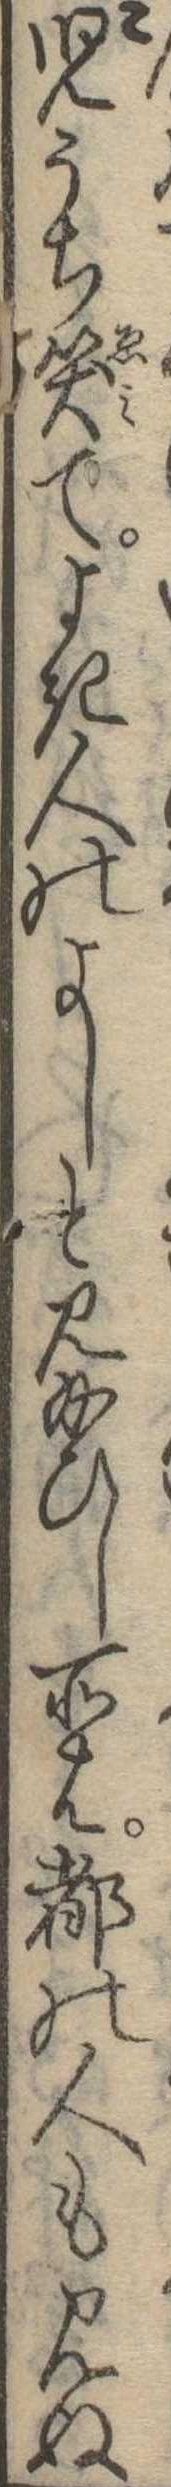
児うち笑てよき人のよしと見給ひし所は都の人も見ぬ